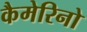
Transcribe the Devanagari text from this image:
कैमेरिनो